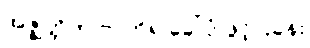
အဇ္ဈတ္တိက ဗာဟိရ ခေါ်ပုံ ဖွင့်ပြခန်း